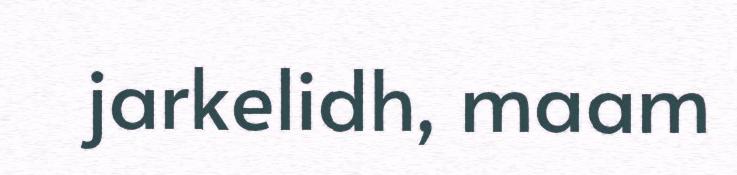
jarkelidh, maam